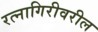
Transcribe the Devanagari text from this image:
रत्नागिरीवरील